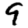
Digit: 9